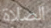
الصلاة